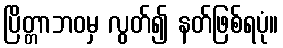
ပြိတ္တာဘဝမှ လွတ်၍ နတ်ဖြစ်ရပုံ။